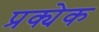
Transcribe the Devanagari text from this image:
प्रक्येक